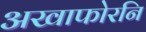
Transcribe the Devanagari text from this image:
अखाफोरनि